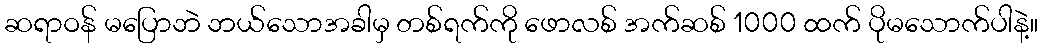
ဆရာဝန် မပြောဘဲ ဘယ်သောအခါမှ တစ်ရက်ကို ဖောလစ် အက်ဆစ် 1000 ထက် ပိုမသောက်ပါနဲ့။